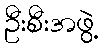
ဦးစီးအဖွဲ့